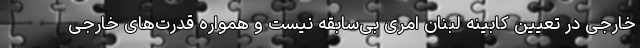
خارجی در تعیین کابینه لبنان امری بی‌سابقه نیست و همواره قدرت‌های خارجی